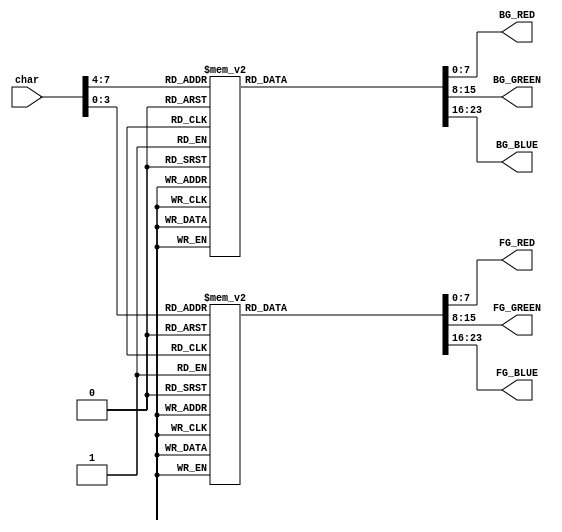
module colourDecode(input[7:0] char, output reg[7:0] FG_RED, FG_GREEN, FG_BLUE, BG_RED, BG_GREEN, BG_BLUE);
	always @(*) begin
		case(char[3:0])
			0: begin 
				FG_RED = 8'h00;
				FG_GREEN = 8'h00;
				FG_BLUE = 8'h00;
			end
			1: begin 
				FG_RED = 8'h00;
				FG_GREEN = 8'h00;
				FG_BLUE = 8'hAA;
			end
			2: begin 
				FG_RED = 8'h00;
				FG_GREEN = 8'hAA;
				FG_BLUE = 8'h00;
			end
			3: begin 
				FG_RED = 8'h00;
				FG_GREEN = 8'hAA;
				FG_BLUE = 8'hAA;
			end
			4: begin 
				FG_RED = 8'hAA;
				FG_GREEN = 8'h00;
				FG_BLUE = 8'h00;
			end
			5: begin 
				FG_RED = 8'hAA;
				FG_GREEN = 8'h00;
				FG_BLUE = 8'hAA;
			end
			6: begin 
				FG_RED = 8'hAA;
				FG_GREEN = 8'h55;
				FG_BLUE = 8'h00;
			end
			7: begin 
				FG_RED = 8'hAA;
				FG_GREEN = 8'hAA;
				FG_BLUE = 8'hAA;
			end
			8: begin 
				FG_RED = 8'h55;
				FG_GREEN = 8'h55;
				FG_BLUE = 8'h55;
			end
			9: begin 
				FG_RED = 8'h55;
				FG_GREEN = 8'h55;
				FG_BLUE = 8'hFF;
			end
			10: begin 
				FG_RED = 8'h55;
				FG_GREEN = 8'hFF;
				FG_BLUE = 8'h55;
			end
			11: begin 
				FG_RED = 8'h55;
				FG_GREEN = 8'hFF;
				FG_BLUE = 8'hFF;
			end
			12: begin 
				FG_RED = 8'hFF;
				FG_GREEN = 8'h55;
				FG_BLUE = 8'h55;
			end
			13: begin 
				FG_RED = 8'hFF;
				FG_GREEN = 8'h55;
				FG_BLUE = 8'hFF;
			end
			14: begin 
				FG_RED = 8'hFF;
				FG_GREEN = 8'hFF;
				FG_BLUE = 8'h00;
			end
			15: begin 
				FG_RED = 8'hFF;
				FG_GREEN = 8'hFF;
				FG_BLUE = 8'hFF;
			end
		endcase
	end	
	always @(*) begin
		case(char[7:4])
			0: begin 
				BG_RED = 8'h00;
				BG_GREEN = 8'h00;
				BG_BLUE = 8'h00;
			end
			1: begin 
				BG_RED = 8'h00;
				BG_GREEN = 8'h00;
				BG_BLUE = 8'hAA;
			end
			2: begin 
				BG_RED = 8'h00;
				BG_GREEN = 8'hAA;
				BG_BLUE = 8'h00;
			end
			3: begin 
				BG_RED = 8'h00;
				BG_GREEN = 8'hAA;
				BG_BLUE = 8'hAA;
			end
			4: begin 
				BG_RED = 8'hAA;
				BG_GREEN = 8'h00;
				BG_BLUE = 8'h00;
			end
			5: begin 
				BG_RED = 8'hAA;
				BG_GREEN = 8'h00;
				BG_BLUE = 8'hAA;
			end
			6: begin 
				BG_RED = 8'hAA;
				BG_GREEN = 8'h55;
				BG_BLUE = 8'h00;
			end
			7: begin 
				BG_RED = 8'hAA;
				BG_GREEN = 8'hAA;
				BG_BLUE = 8'hAA;
			end
			8: begin 
				BG_RED = 8'h55;
				BG_GREEN = 8'h55;
				BG_BLUE = 8'h55;
			end
			9: begin 
				BG_RED = 8'h55;
				BG_GREEN = 8'h55;
				BG_BLUE = 8'hFF;
			end
			10: begin 
				BG_RED = 8'h55;
				BG_GREEN = 8'hFF;
				BG_BLUE = 8'h55;
			end
			11: begin 
				BG_RED = 8'h55;
				BG_GREEN = 8'hFF;
				BG_BLUE = 8'hFF;
			end
			12: begin 
				BG_RED = 8'hFF;
				BG_GREEN = 8'h55;
				BG_BLUE = 8'h55;
			end
			13: begin 
				BG_RED = 8'hFF;
				BG_GREEN = 8'h55;
				BG_BLUE = 8'hFF;
			end
			14: begin 
				BG_RED = 8'hFF;
				BG_GREEN = 8'hFF;
				BG_BLUE = 8'h00;
			end
			15: begin 
				BG_RED = 8'hFF;
				BG_GREEN = 8'hFF;
				BG_BLUE = 8'hFF;
			end
		endcase
	end
endmodule